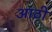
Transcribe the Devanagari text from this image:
आठी